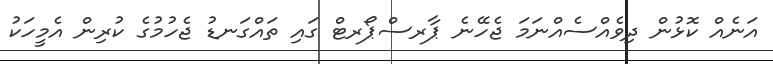
އަނެއް ކޮޅުން ދިވެއްްސެއްނަމަ ޖެހޭނެ ޕާރސްޕޯރޓް ގައި ތައްގަނޑު ޖެހުމުގެ ކުރިން އެމީހަކު